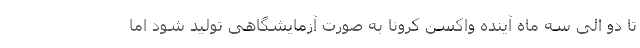
تا دو الی سه ماه آینده واکسن کرونا به صورت آزمایشگاهی تولید شود اما